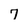
Character: 7